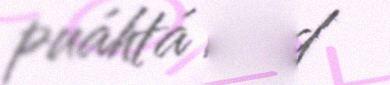
puáhtá meid